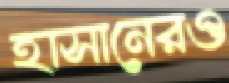
হাসানেরও